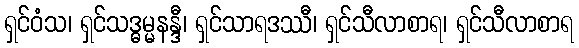
ရှင်ဝံသ၊ ရှင်သဒ္ဓမ္မနန္ဒီ၊ ရှင်သာရဒဿီ၊ ရှင်သီလာစာရ၊ ရှင်သီလာစာရ